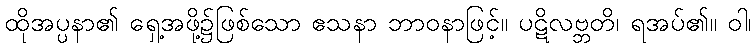
ထိုအပ္ပနာ၏ ရှေ့အဖို့၌ဖြစ်သော ဧသနာ ဘာဝနာဖြင့်။ ပဋိလဗ္ဘတိ၊ ရအပ်၏။ ဝါ၊